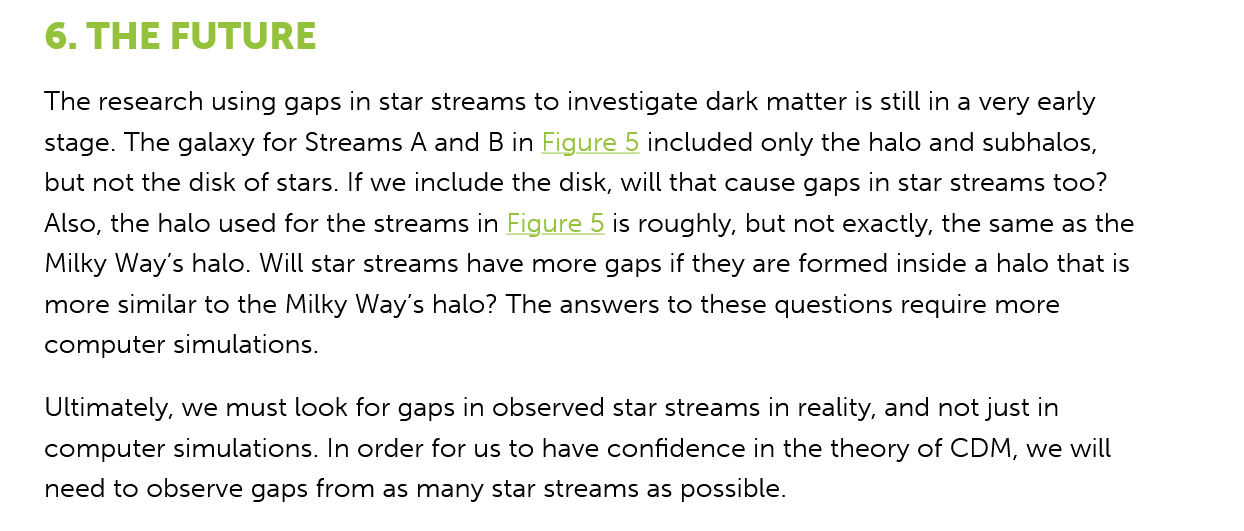
Ultimately, we must look for gaps in observed star streams in reality, and not just in
    computer simulations. In order for us to have confidence in the theory of CDM, we will
    need to observe gaps from as many star streams as possible.
    6. THE   FUTURE
    The research using gaps in star streams to investigate dark matter is still in a very early
    stage. The galaxy for Streams A and B in Figure 5 included only the halo and subhalos,
    but not the disk of stars. If we include the disk, will that cause gaps in star streams too?
    Also, the halo used for the streams in Figure 5 is roughly, but not exactly, the same as the
    Milky Way's halo. Will star streams have more gaps if they are formed inside a halo that is
    more similar to the Milky Way's halo? The answers to these questions require more
    computer simulations.